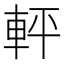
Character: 軯